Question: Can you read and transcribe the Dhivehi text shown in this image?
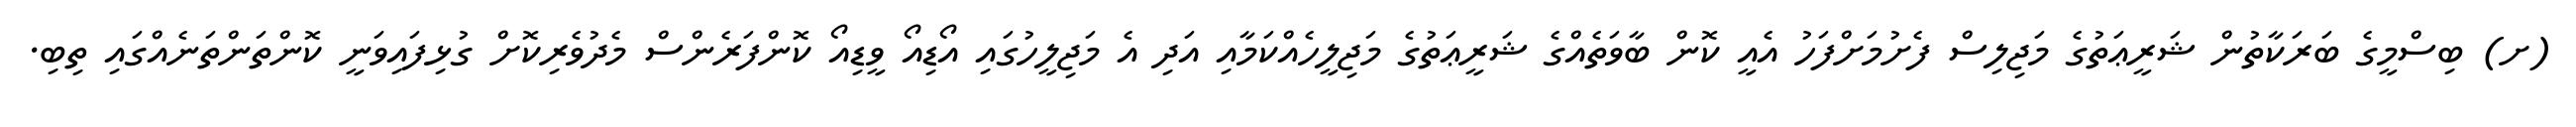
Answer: (ށ) ބިސްމީގެ ބަރަކާތުން ޝަރީޢަތުގެ މަޖިލިސް ފެށުމަށްފަހު އެއީ ކޮން ބާވަތެއްގެ ޝަރީޢަތުގެ މަޖިލީހެއްކަމާއި އަދި އެ މަޖިލީހުގައި އޯޑިއޯ ވީޑިއޯ ކޮންފަރެންސް މެދުވެރިކޮށް ގުޅިފައިވަނީ ކޮންތަންތަނެއްގައި ތިބި.